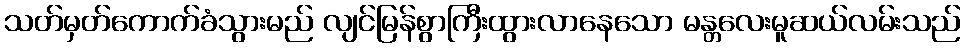
သတ်မှတ်ကောက်ခံသွားမည် လျင်မြန်စွာကြီးထွားလာနေသော မန္တလေးမူဆယ်လမ်းသည်